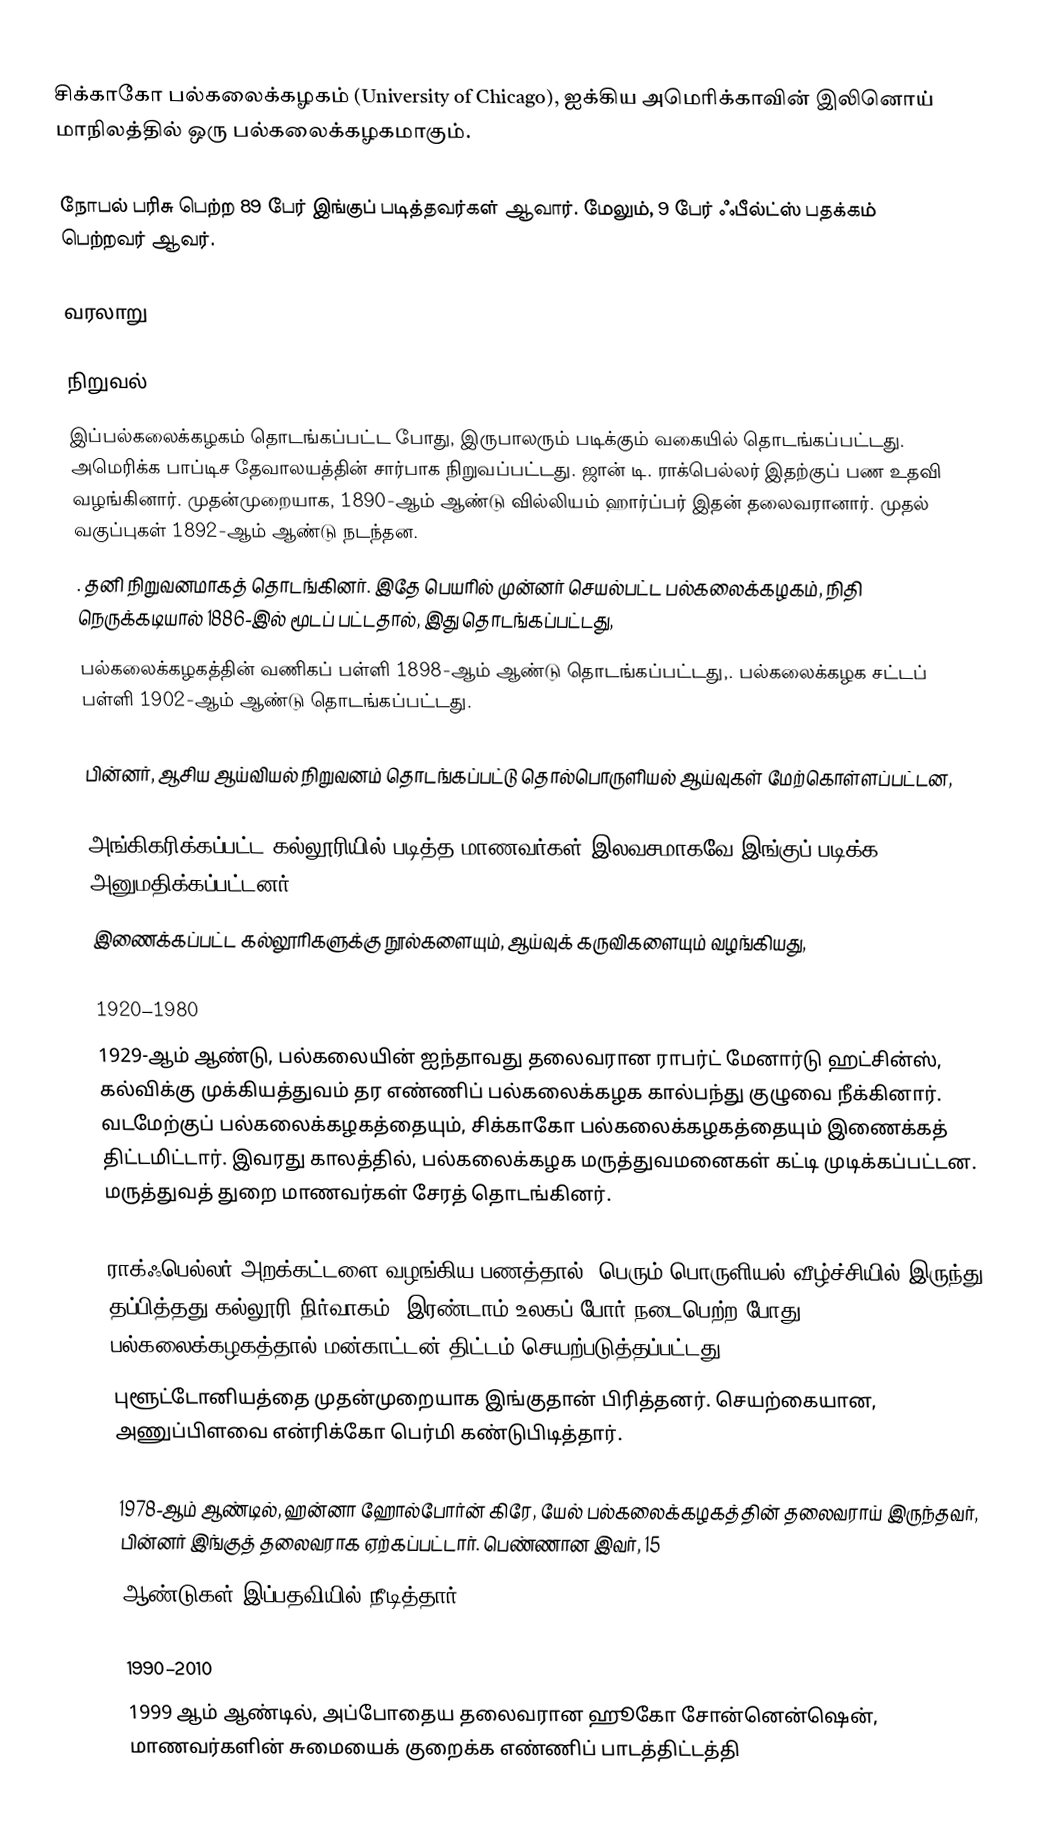
சிக்காகோ பல்கலைக்கழகம் (University of Chicago), ஐக்கிய அமெரிக்காவின் இலினொய் மாநிலத்தில் ஒரு பல்கலைக்கழகமாகும்.

நோபல் பரிசு பெற்ற 89 பேர் இங்குப் படித்தவர்கள் ஆவார். மேலும், 9 பேர் ஃபீல்ட்ஸ் பதக்கம் பெற்றவர் ஆவர்.

வரலாறு

நிறுவல்
இப்பல்கலைக்கழகம் தொடங்கப்பட்ட போது, இருபாலரும் படிக்கும் வகையில் தொடங்கப்பட்டது. அமெரிக்க பாப்டிச தேவாலயத்தின் சார்பாக நிறுவப்பட்டது. ஜான் டி. ராக்பெல்லர் இதற்குப் பண உதவி வழங்கினார். முதன்முறையாக, 1890-ஆம் ஆண்டு வில்லியம் ஹார்ப்பர் இதன் தலைவரானார். முதல் வகுப்புகள் 1892-ஆம் ஆண்டு நடந்தன.
. தனி நிறுவனமாகத் தொடங்கினர். இதே பெயரில் முன்னர் செயல்பட்ட பல்கலைக்கழகம், நிதி நெருக்கடியால் 1886-இல் மூடப் பட்டதால், இது தொடங்கப்பட்டது,
பல்கலைக்கழகத்தின் வணிகப் பள்ளி 1898-ஆம் ஆண்டு தொடங்கப்பட்டது,. பல்கலைக்கழக சட்டப் பள்ளி 1902-ஆம் ஆண்டு தொடங்கப்பட்டது.

பின்னர், ஆசிய ஆய்வியல் நிறுவனம் தொடங்கப்பட்டு தொல்பொருளியல் ஆய்வுகள் மேற்கொள்ளப்பட்டன,

அங்கிகரிக்கப்பட்ட கல்லூரியில் படித்த மாணவர்கள் இலவசமாகவே இங்குப் படிக்க அனுமதிக்கப்பட்டனர்.
இணைக்கப்பட்ட கல்லூரிகளுக்கு நூல்களையும், ஆய்வுக் கருவிகளையும் வழங்கியது,

1920–1980
1929-ஆம் ஆண்டு, பல்கலையின் ஐந்தாவது தலைவரான ராபர்ட் மேனார்டு ஹட்சின்ஸ், கல்விக்கு முக்கியத்துவம் தர எண்ணிப் பல்கலைக்கழக கால்பந்து குழுவை நீக்கினார். வடமேற்குப் பல்கலைக்கழகத்தையும், சிக்காகோ பல்கலைக்கழகத்தையும் இணைக்கத் திட்டமிட்டார். இவரது காலத்தில், பல்கலைக்கழக மருத்துவமனைகள் கட்டி முடிக்கப்பட்டன. மருத்துவத் துறை மாணவர்கள் சேரத் தொடங்கினர்.

ராக்ஃபெல்லர் அறக்கட்டளை வழங்கிய பணத்தால், பெரும் பொருளியல் வீழ்ச்சியில்  இருந்து தப்பித்தது கல்லூரி நிர்வாகம். இரண்டாம் உலகப் போர் நடைபெற்ற போது, பல்கலைக்கழகத்தால் மன்காட்டன் திட்டம் செயற்படுத்தப்பட்டது.
புளூட்டோனியத்தை முதன்முறையாக இங்குதான் பிரித்தனர். செயற்கையான, அணுப்பிளவை என்ரிக்கோ பெர்மி கண்டுபிடித்தார்.

1978-ஆம் ஆண்டில், ஹன்னா ஹோல்போர்ன் கிரே, யேல் பல்கலைக்கழகத்தின் தலைவராய் இருந்தவர், பின்னர் இங்குத் தலைவராக ஏற்கப்பட்டார். பெண்ணான இவர், 15
ஆண்டுகள் இப்பதவியில் நீடித்தார்..

1990–2010
1999 ஆம் ஆண்டில், அப்போதைய தலைவரான ஹூகோ சோன்னென்ஷென், மாணவர்களின் சுமையைக் குறைக்க எண்ணிப் பாடத்திட்டத்தி